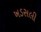
ખડસલી